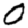
Digit: 0